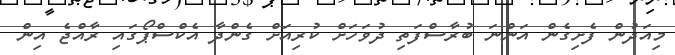
މިއަދުން ފެށިގެން އަންނަ ބުރާސްފަތި ދުވަހަށް ކުރިއަށް ގެންދާ އެކްސްޕޯގައި ރާއްޖެ އިން